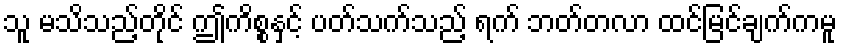
သူ မသိသည့်တိုင် ဤကိစ္စနှင့် ပတ်သက်သည့် ရက် ဘတ်တလာ ထင်မြင်ချက်ကမူ